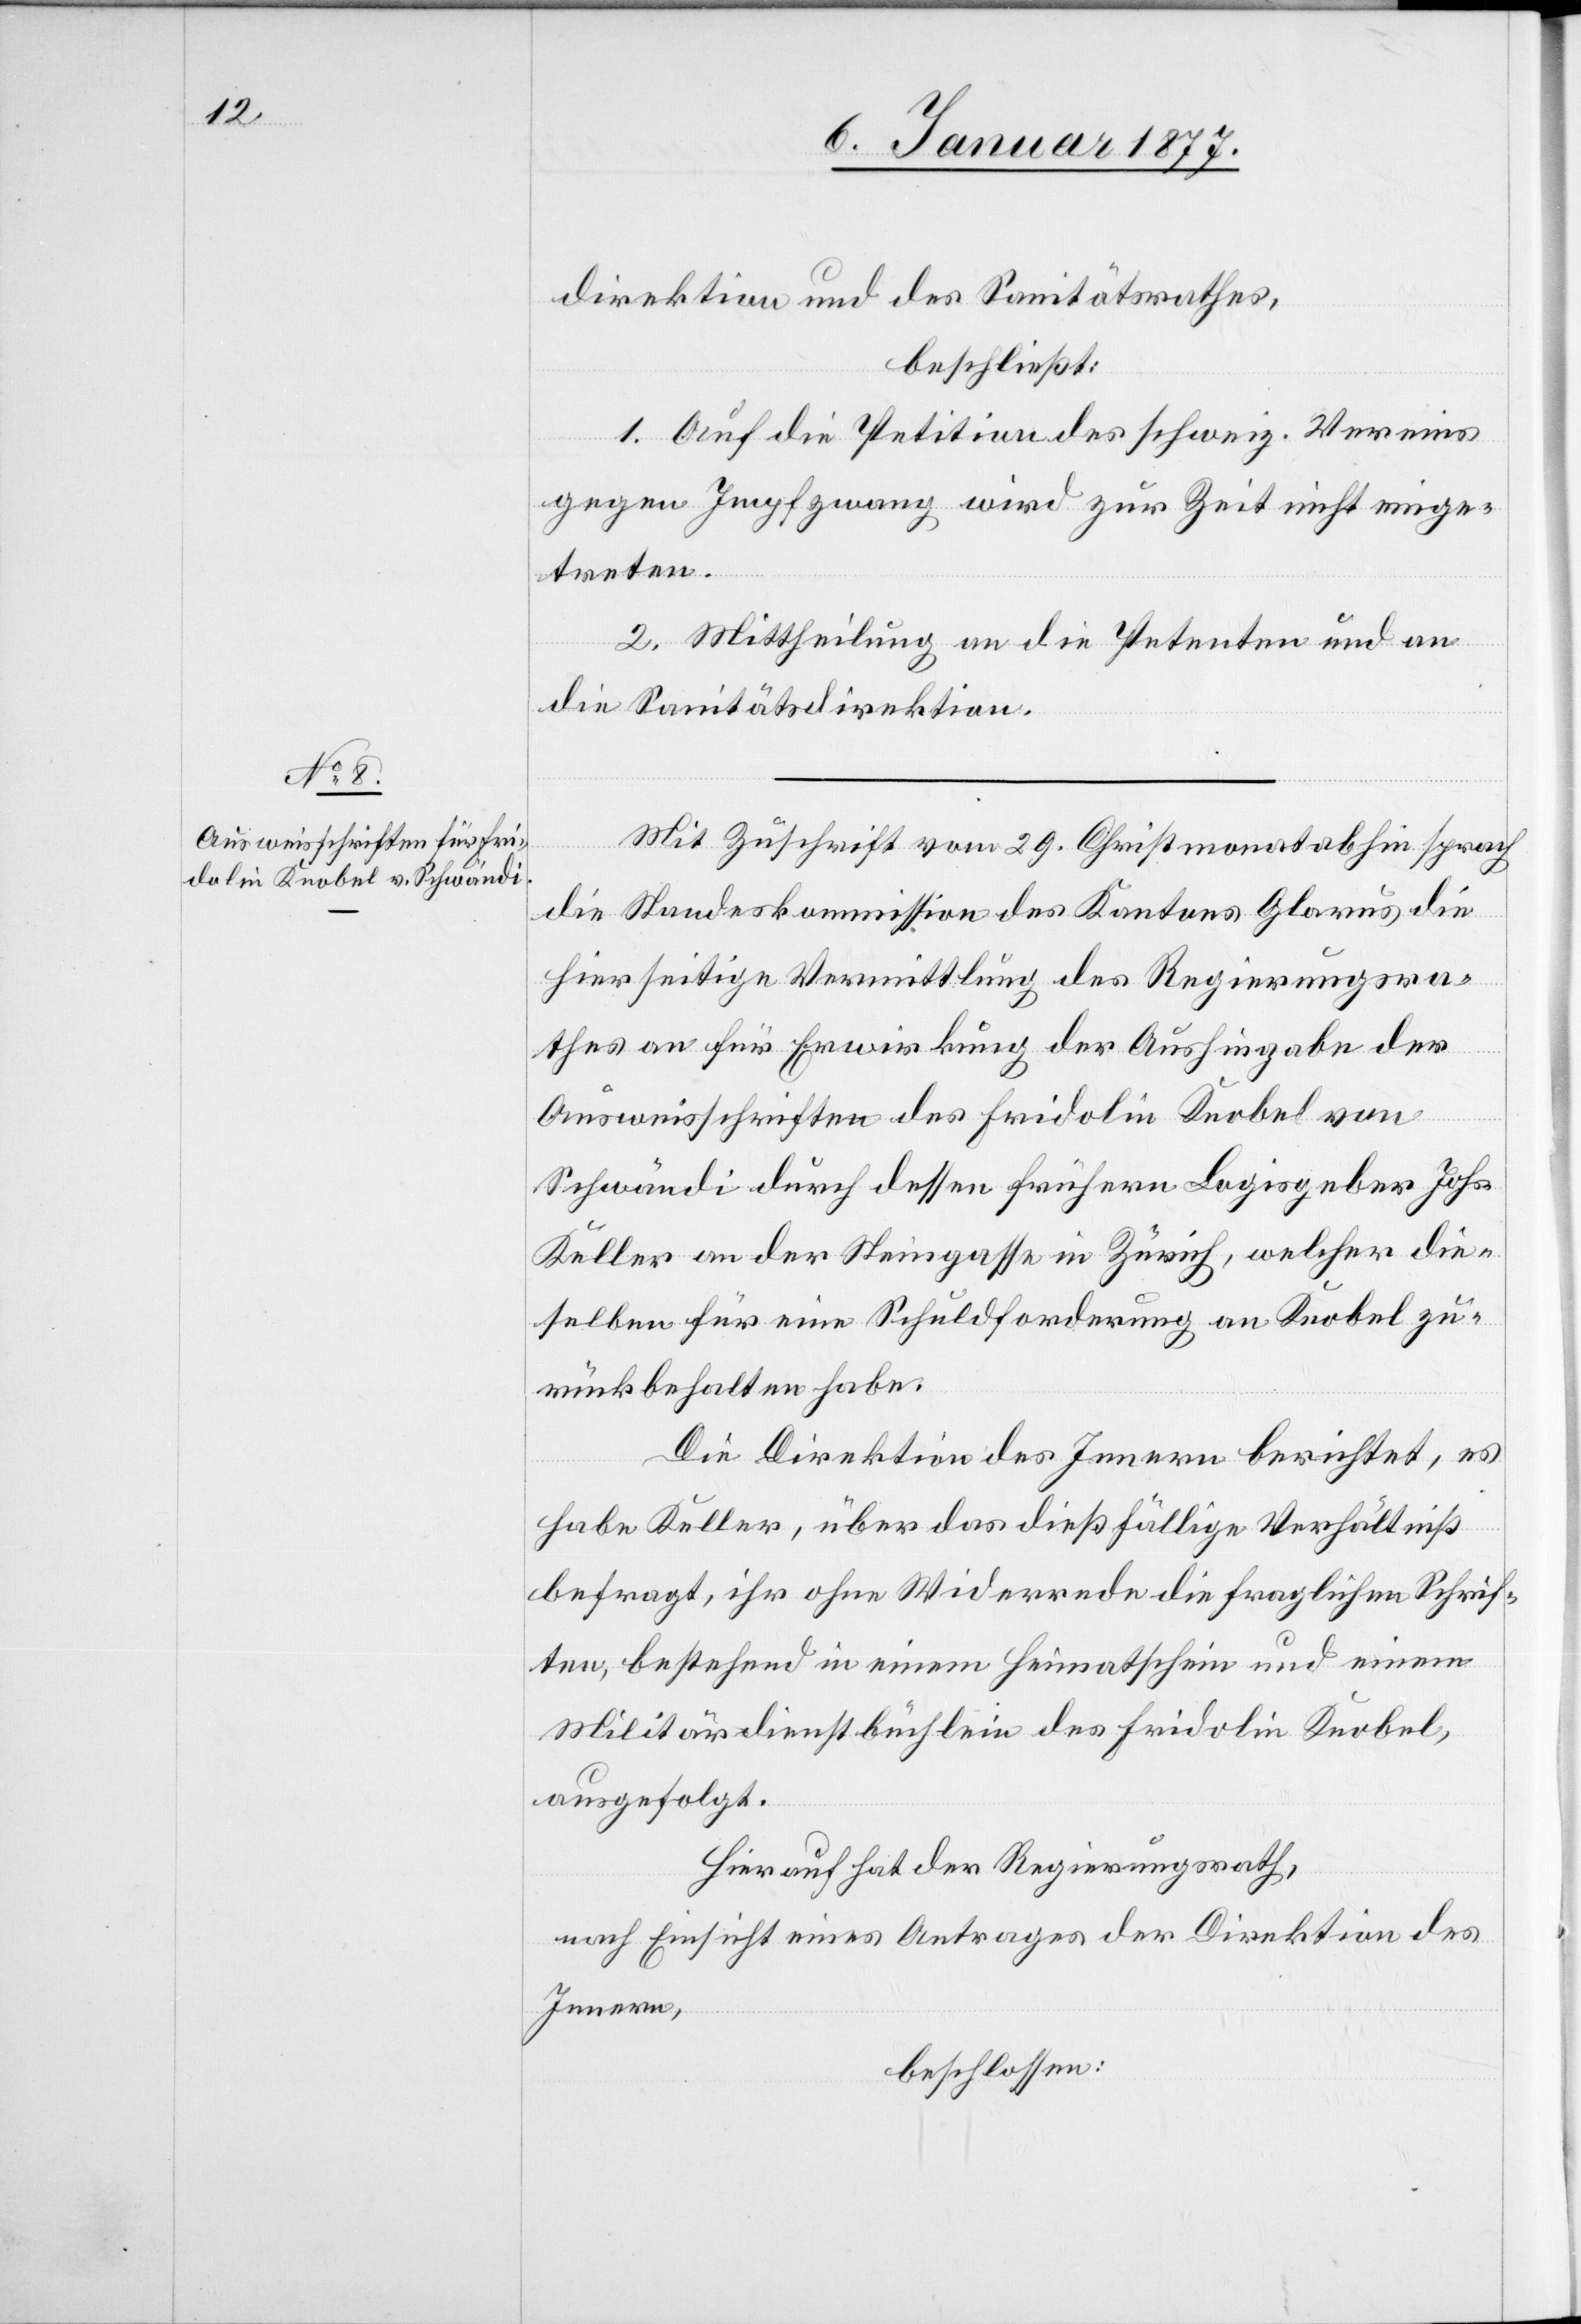
direktion und des Sanitätsrathes,
beschließt:
1. Auf die Petition des schweiz. Vereins
gegen Impfzwang wird zur Zeit nicht einge¬
treten.
2. Mittheilung an die Petenten und an
die Sanitätsdirektion.
Mit Zuschrift vom 29. Christmonat abhin sprach
die Standeskommission des Kantons Glarus die
hierseitige Vermittlung des Regierungsra¬
thes an für die Erwirkung der Aushingabe der
Ausweisschriften des Fridolin Knobel von
Schwändi durch dessen frühern Logisgeber Johs.
Keller an der Steingasse in Zürich, welcher die¬
selben für eine Schuldforderung an Knobel zu¬
rückbehalten habe.
Die Direktion des Innern berichtet, es
habe Keller, über das dießfällige Verhältniß
befragt, ihr ohne Widerrede die fraglichen Schrif¬
ten, bestehend in einem Heimatschein und einem
Militärdienstbüchlein des Fridolin Knobel,
ausgefolgt.
Hierauf hat der Regierungsrath,
nach Einsicht eines Antrages der Direktion des
Innern,
beschlossen: